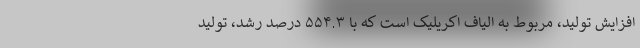
افزایش تولید، مربوط به الیاف اکریلیک است که با ۵۵۴.۳ درصد رشد، تولید